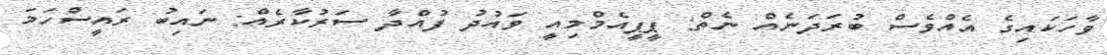
ވާހަކައިގެ އެއްވެސް ބުރަދަނެއް ނެތް: ޕީޕީއެމްމިއީ ވައުދު ފުއްދާ ސަރުކާރެއް: ނައިބު ރައީސްހަމަ